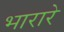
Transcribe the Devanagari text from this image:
भारारे